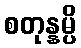
စတုန္နမ္ပိ